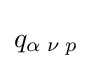
q_{\alpha }\,_{\nu }\,_{p}